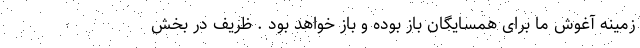
زمینه آغوش ما برای همسایگان باز بوده و باز خواهد بود . ظریف در بخش